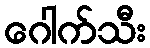
ဂေါက်သီး